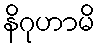
နိဂုဟာမိ